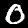
Label: 0